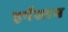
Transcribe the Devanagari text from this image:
हर्पस्तम